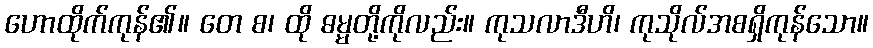
ဟောထိုက်ကုန်၏။ တေ စ၊ ထို ဓမ္မတို့ကိုလည်း။ ကုသလာဒီဟိ၊ ကုသိုလ်အစရှိကုန်သော။